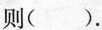
则()。